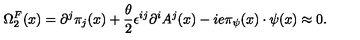
\Omega _ { 2 } ^ { F } ( x ) = \partial ^ { j } \pi _ { j } ( x ) + \frac { \theta } { 2 } \epsilon ^ { i j } \partial ^ { i } A ^ { j } ( x ) - i e \pi _ { \psi } ( x ) \cdot \psi ( x ) \approx 0 .